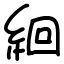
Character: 絗